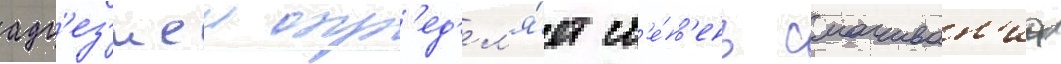
адг'ез'иеи опр'ед'ел'я́ет ст'е́п'ень смачиван'иа